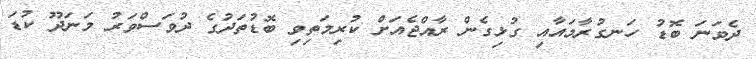
ދެވަނަ ބޮޑު ހަނގުރާމައާއި ގުޅިގެން ރާއްޖެއަށް ކުރިމަތިވި ބޮޑުތަދުގެ ދުވަސްވަރު މަނަދޫ ކުޑަ